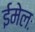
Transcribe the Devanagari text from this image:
ईमेलः